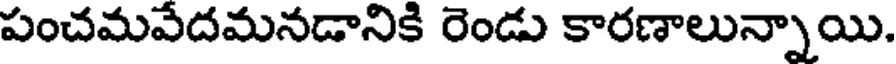
పంచమవేదమనడానికి రెండు కారణాలున్నాయి.